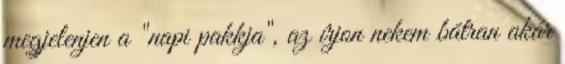
megjelenjen a "napi pakkja", az írjon nekem bátran akár